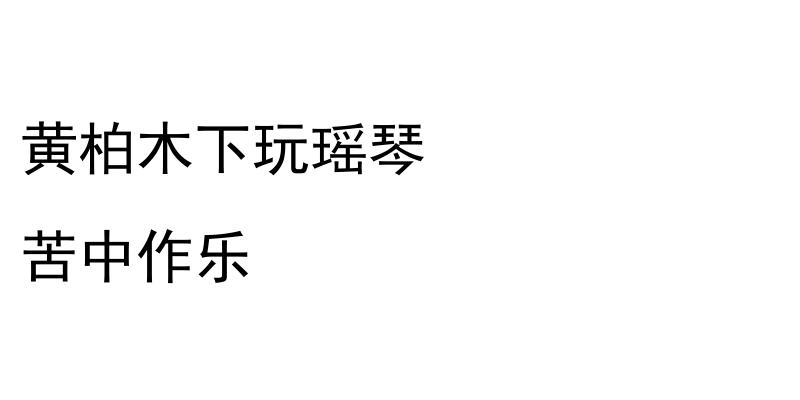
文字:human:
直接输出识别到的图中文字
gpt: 黄柏木下玩瑶琴 苦中作乐